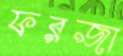
ফরজা